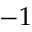
- 1